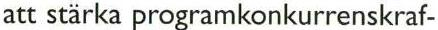
att stärka programkonkurrenskraf-